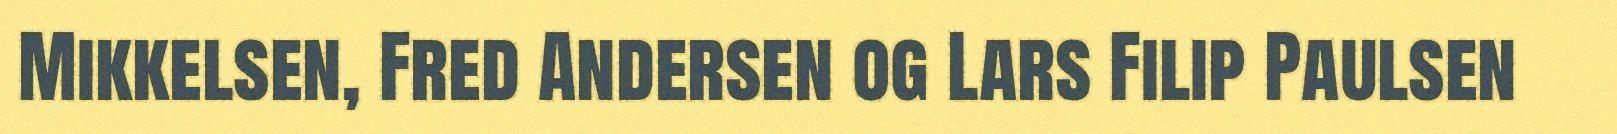
Mikkelsen, Fred Andersen og Lars Filip Paulsen